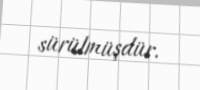
sürülmüşdür.